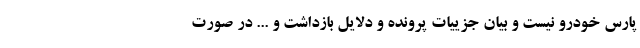
پارس خودرو نیست و بیان جزییات پرونده و دلایل بازداشت و ... در صورت